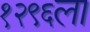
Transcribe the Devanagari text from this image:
१२९६ला